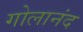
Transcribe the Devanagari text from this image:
गोलानंद